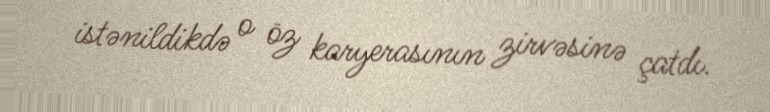
istənildikdə o öz karyerasının zirvəsinə çatdı.